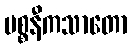
ပစ္စနီကသာတော